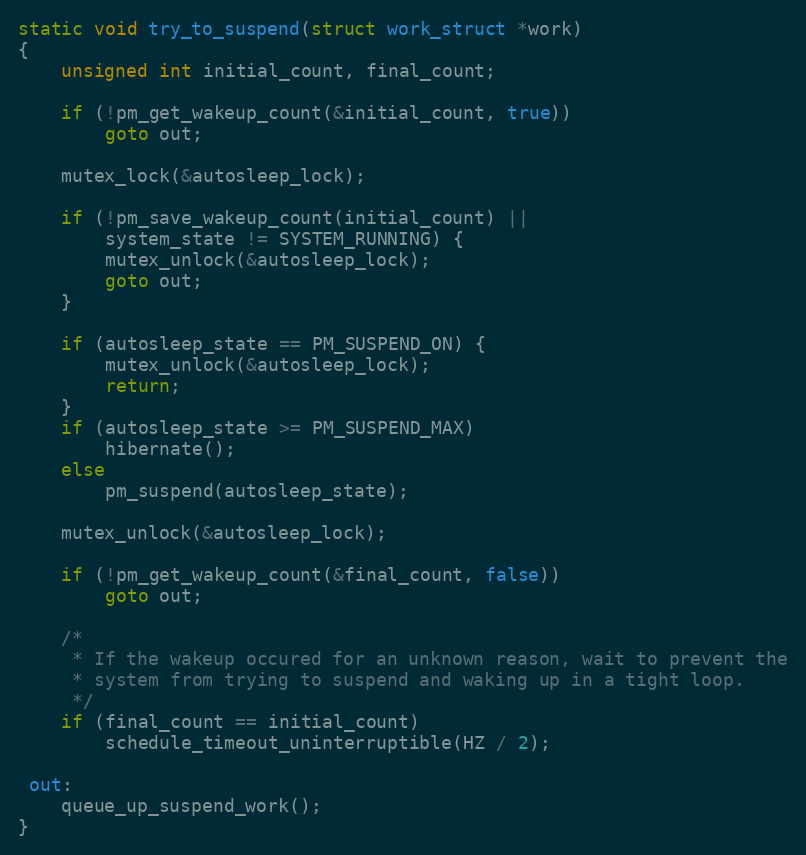
Language: C
static void try_to_suspend(struct work_struct *work)
{
	unsigned int initial_count, final_count;

	if (!pm_get_wakeup_count(&initial_count, true))
		goto out;

	mutex_lock(&autosleep_lock);

	if (!pm_save_wakeup_count(initial_count) ||
		system_state != SYSTEM_RUNNING) {
		mutex_unlock(&autosleep_lock);
		goto out;
	}

	if (autosleep_state == PM_SUSPEND_ON) {
		mutex_unlock(&autosleep_lock);
		return;
	}
	if (autosleep_state >= PM_SUSPEND_MAX)
		hibernate();
	else
		pm_suspend(autosleep_state);

	mutex_unlock(&autosleep_lock);

	if (!pm_get_wakeup_count(&final_count, false))
		goto out;

	/*
	 * If the wakeup occured for an unknown reason, wait to prevent the
	 * system from trying to suspend and waking up in a tight loop.
	 */
	if (final_count == initial_count)
		schedule_timeout_uninterruptible(HZ / 2);

 out:
	queue_up_suspend_work();
}